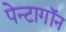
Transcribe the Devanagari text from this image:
पेन्टागॉन